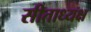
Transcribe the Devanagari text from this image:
सीताध्यक्ष